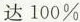
达100\%